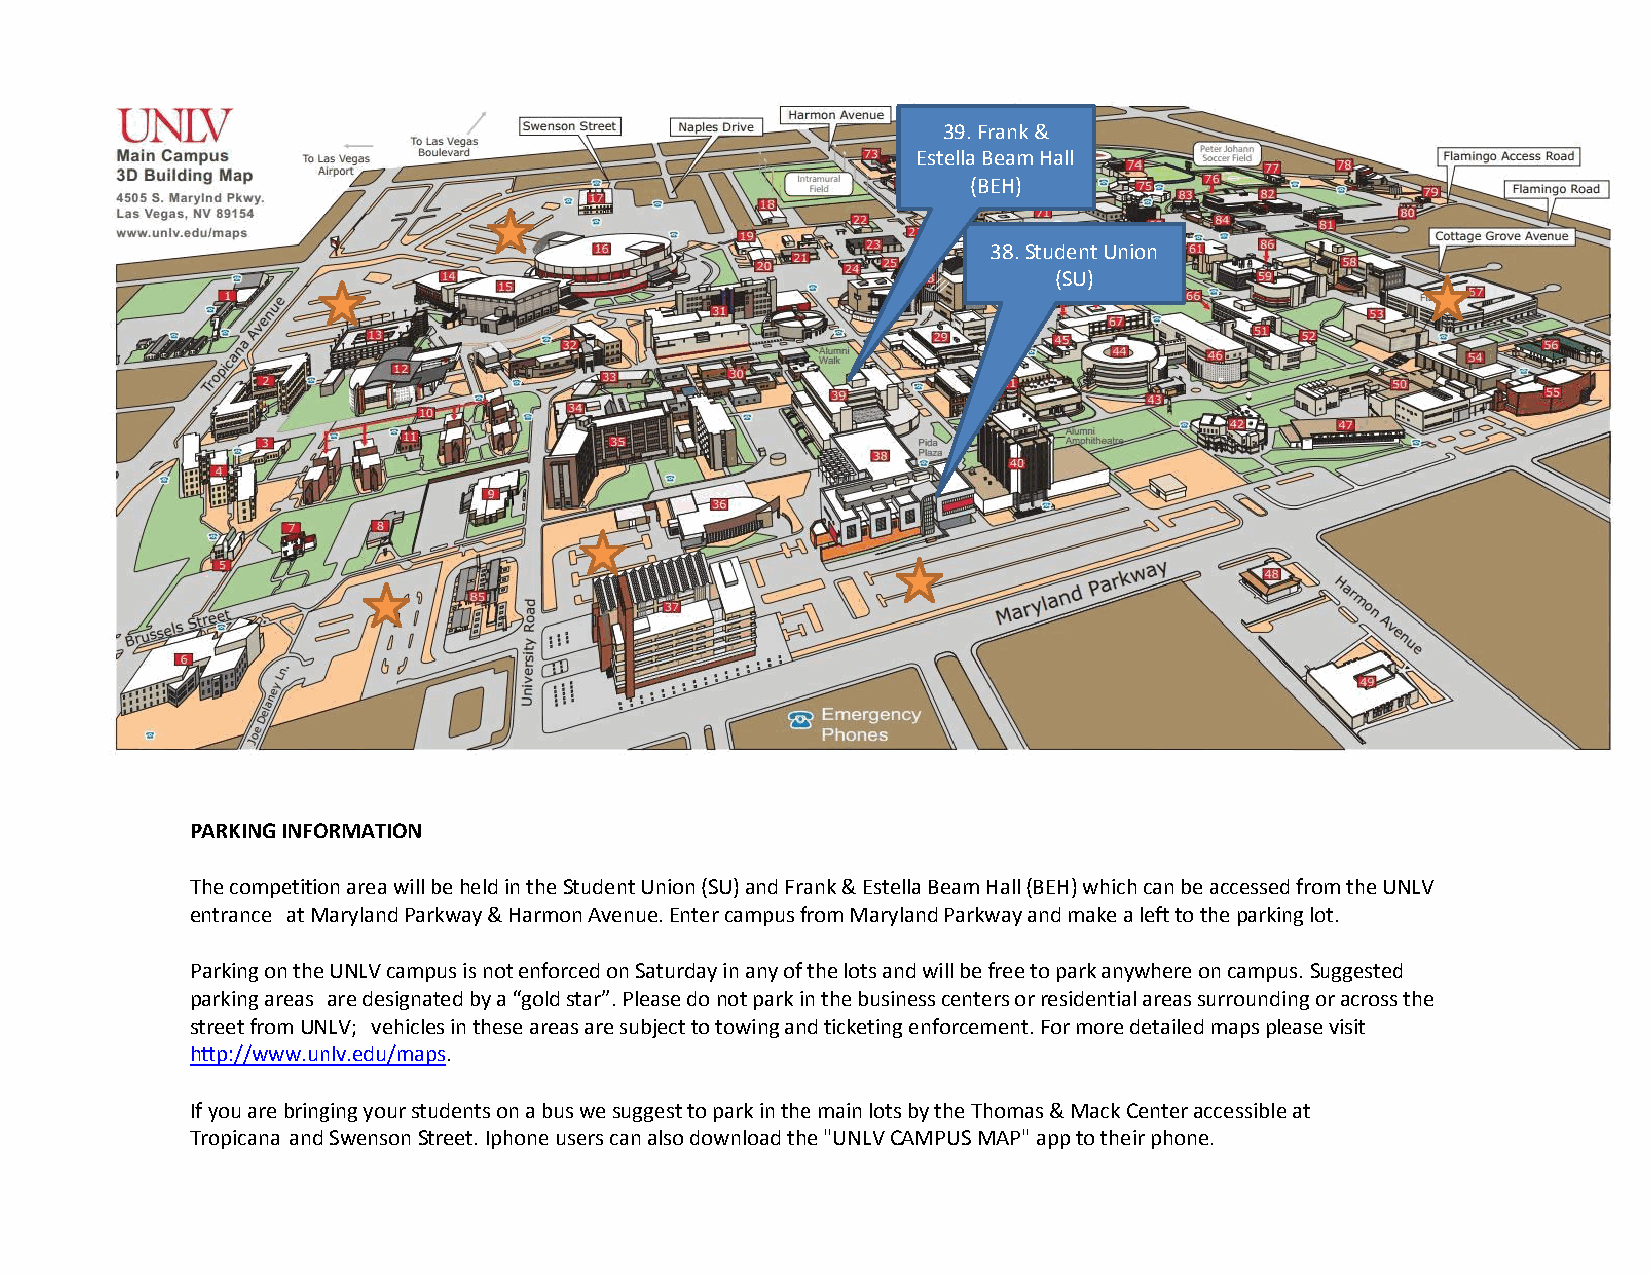
39. Frank &
 Estella Beam Hall
 (BEH)
 38. Student Union
 (SU)
 PARKING INFORMATION
 The competition area will be held in the Student Union (SU) and Frank & Estella Beam Hall (BEH) which can be accessed from the UNLV
 entrance at Maryland Parkway & Harmon Avenue. Enter campus from Maryland Parkway and make a left to the parking lot.
 Parking on the UNLV campus is not enforced on Saturday in any of the lots and will be free to park anywhere on campus. Suggested
 parking areas are designated by a “gold star”. Please do not park in the business centers or residential areas surrounding or across the
 street from UNLV; vehicles in these areas are subject to towing and ticketing enforcement. For more detailed maps please visit
 http://www.unlv.edu/maps.
 If you are bringing your students on a bus we suggest to park in the main lots by the Thomas & Mack Center accessible at
 Tropicana and Swenson Street. Iphone users can also download the "UNLV CAMPUS MAP" app to their phone.